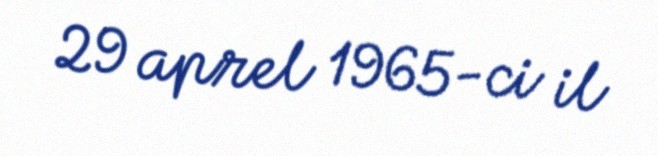
29 aprel 1965-ci il